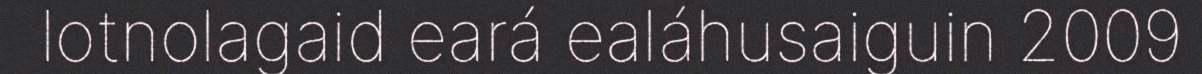
lotnolagaid eará ealáhusaiguin 2009